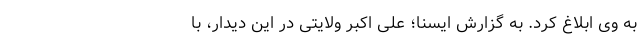
به وی ابلاغ کرد. به گزارش ایسنا؛ علی اکبر ولایتی در این دیدار، با